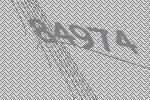
84974